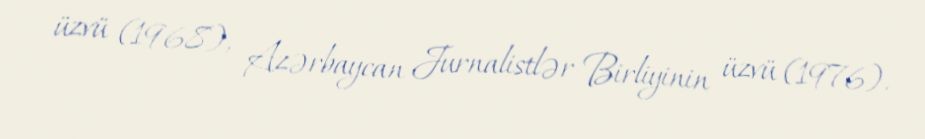
üzvü (1968), Azərbaycan Jurnalistlər Birliyinin üzvü (1976).